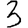
Digit: 3